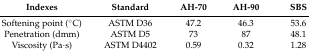
<table><thead><tr><td><b>Indexes</b></td><td><b>Standard</b></td><td><b>AH-70</b></td><td><b>AH-90</b></td><td><b>SBS</b></td></tr></thead><tbody><tr><td>Softening point (°C)</td><td>ASTM D36</td><td>47.2</td><td>46.3</td><td>53.6</td></tr><tr><td>Penetration (dmm)</td><td>ASTM D5</td><td>73</td><td>87</td><td>48.1</td></tr><tr><td>Viscosity (Pa·s)</td><td>ASTM D4402</td><td>0.59</td><td>0.32</td><td>1.28</td></tr></tbody></table>